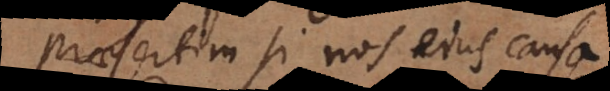
praesertim si nos ejus causa